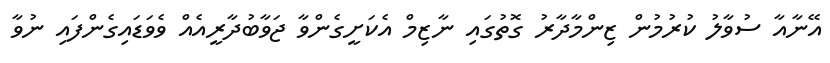
އޭނާއާ ސުވާލު ކުރުމުން ޒިންމާދާރު ގޮތުގައި ނާޒިމް އެކަށީގެންވާ ޖަވާބުދާރީއެއް ވެވަޑައިގެންފައި ނުވާ